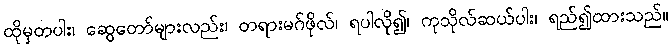
ထိုမှတပါး၊ ဆွေတော်များလည်း၊ တရားမဂ်ဖိုလ်၊ ရပါလို၍၊ ကုသိုလ်ဆယ်ပါး၊ ရည်၍ထားသည်။